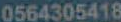
0564305418